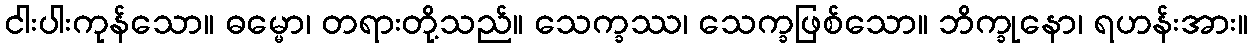
ငါးပါးကုန်သော။ ဓမ္မော၊ တရားတို့သည်။ သေက္ခဿ၊ သေက္ခဖြစ်သော။ ဘိက္ခုနော၊ ရဟန်းအား။